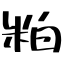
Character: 粕